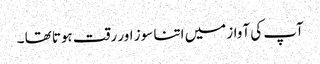
آپ کی آواز میں اتنا سوز اور رقت ہوتا تھا ۔